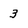
Character: 3